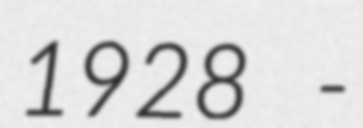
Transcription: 1928 -